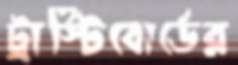
ট্রাস্টিবোর্ডের